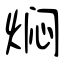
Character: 焖